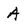
Character: A